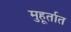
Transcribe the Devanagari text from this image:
मुहूर्तात